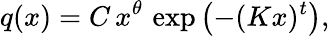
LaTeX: q(x)=C\, x^{\theta}\, \exp\left(-(Kx)^{t}\right),